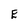
Character: E